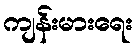
ကျန်းမားရေး